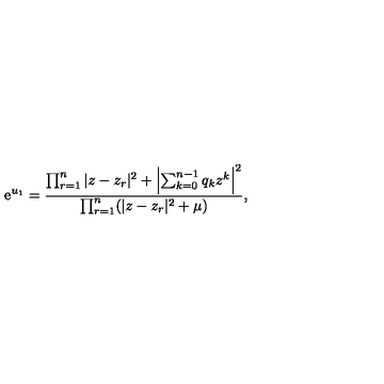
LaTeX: \mathrm { e } ^ { u _ { 1 } } = { \frac { \prod _ { r = 1 } ^ { n } | z - z _ { r } | ^ { 2 } + \left| \sum _ { k = 0 } ^ { n - 1 } q _ { k } z ^ { k } \right| ^ { 2 } } { \prod _ { r = 1 } ^ { n } ( | z - z _ { r } | ^ { 2 } + \mu ) } } ,